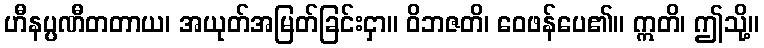
ဟီနပ္ပဏီတတာယ၊ အယုတ်အမြတ်ခြင်းငှာ။ ဝိဘဇတိ၊ ဝေဖန်ပေ၏။ ဣတိ၊ ဤသို့။